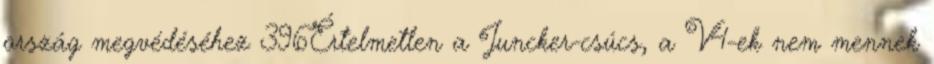
ország megvédéséhez 396Értelmetlen a Juncker-csúcs, a V4-ek nem mennek